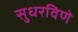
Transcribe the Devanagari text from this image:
सुधरविणे